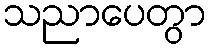
သညာပေတွာ